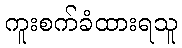
ကူးစက်ခံထားရသူ